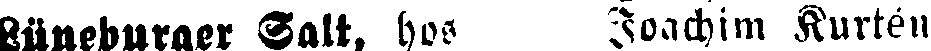
Büneburger Salt, hos Joachim Kurtén